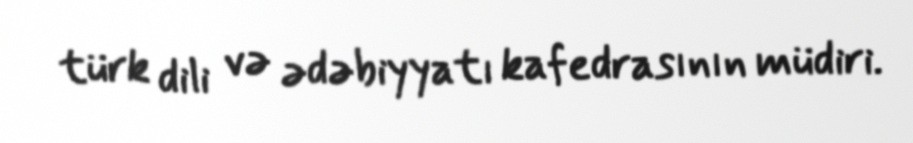
türk dili və ədəbiyyatı kafedrasının müdiri.